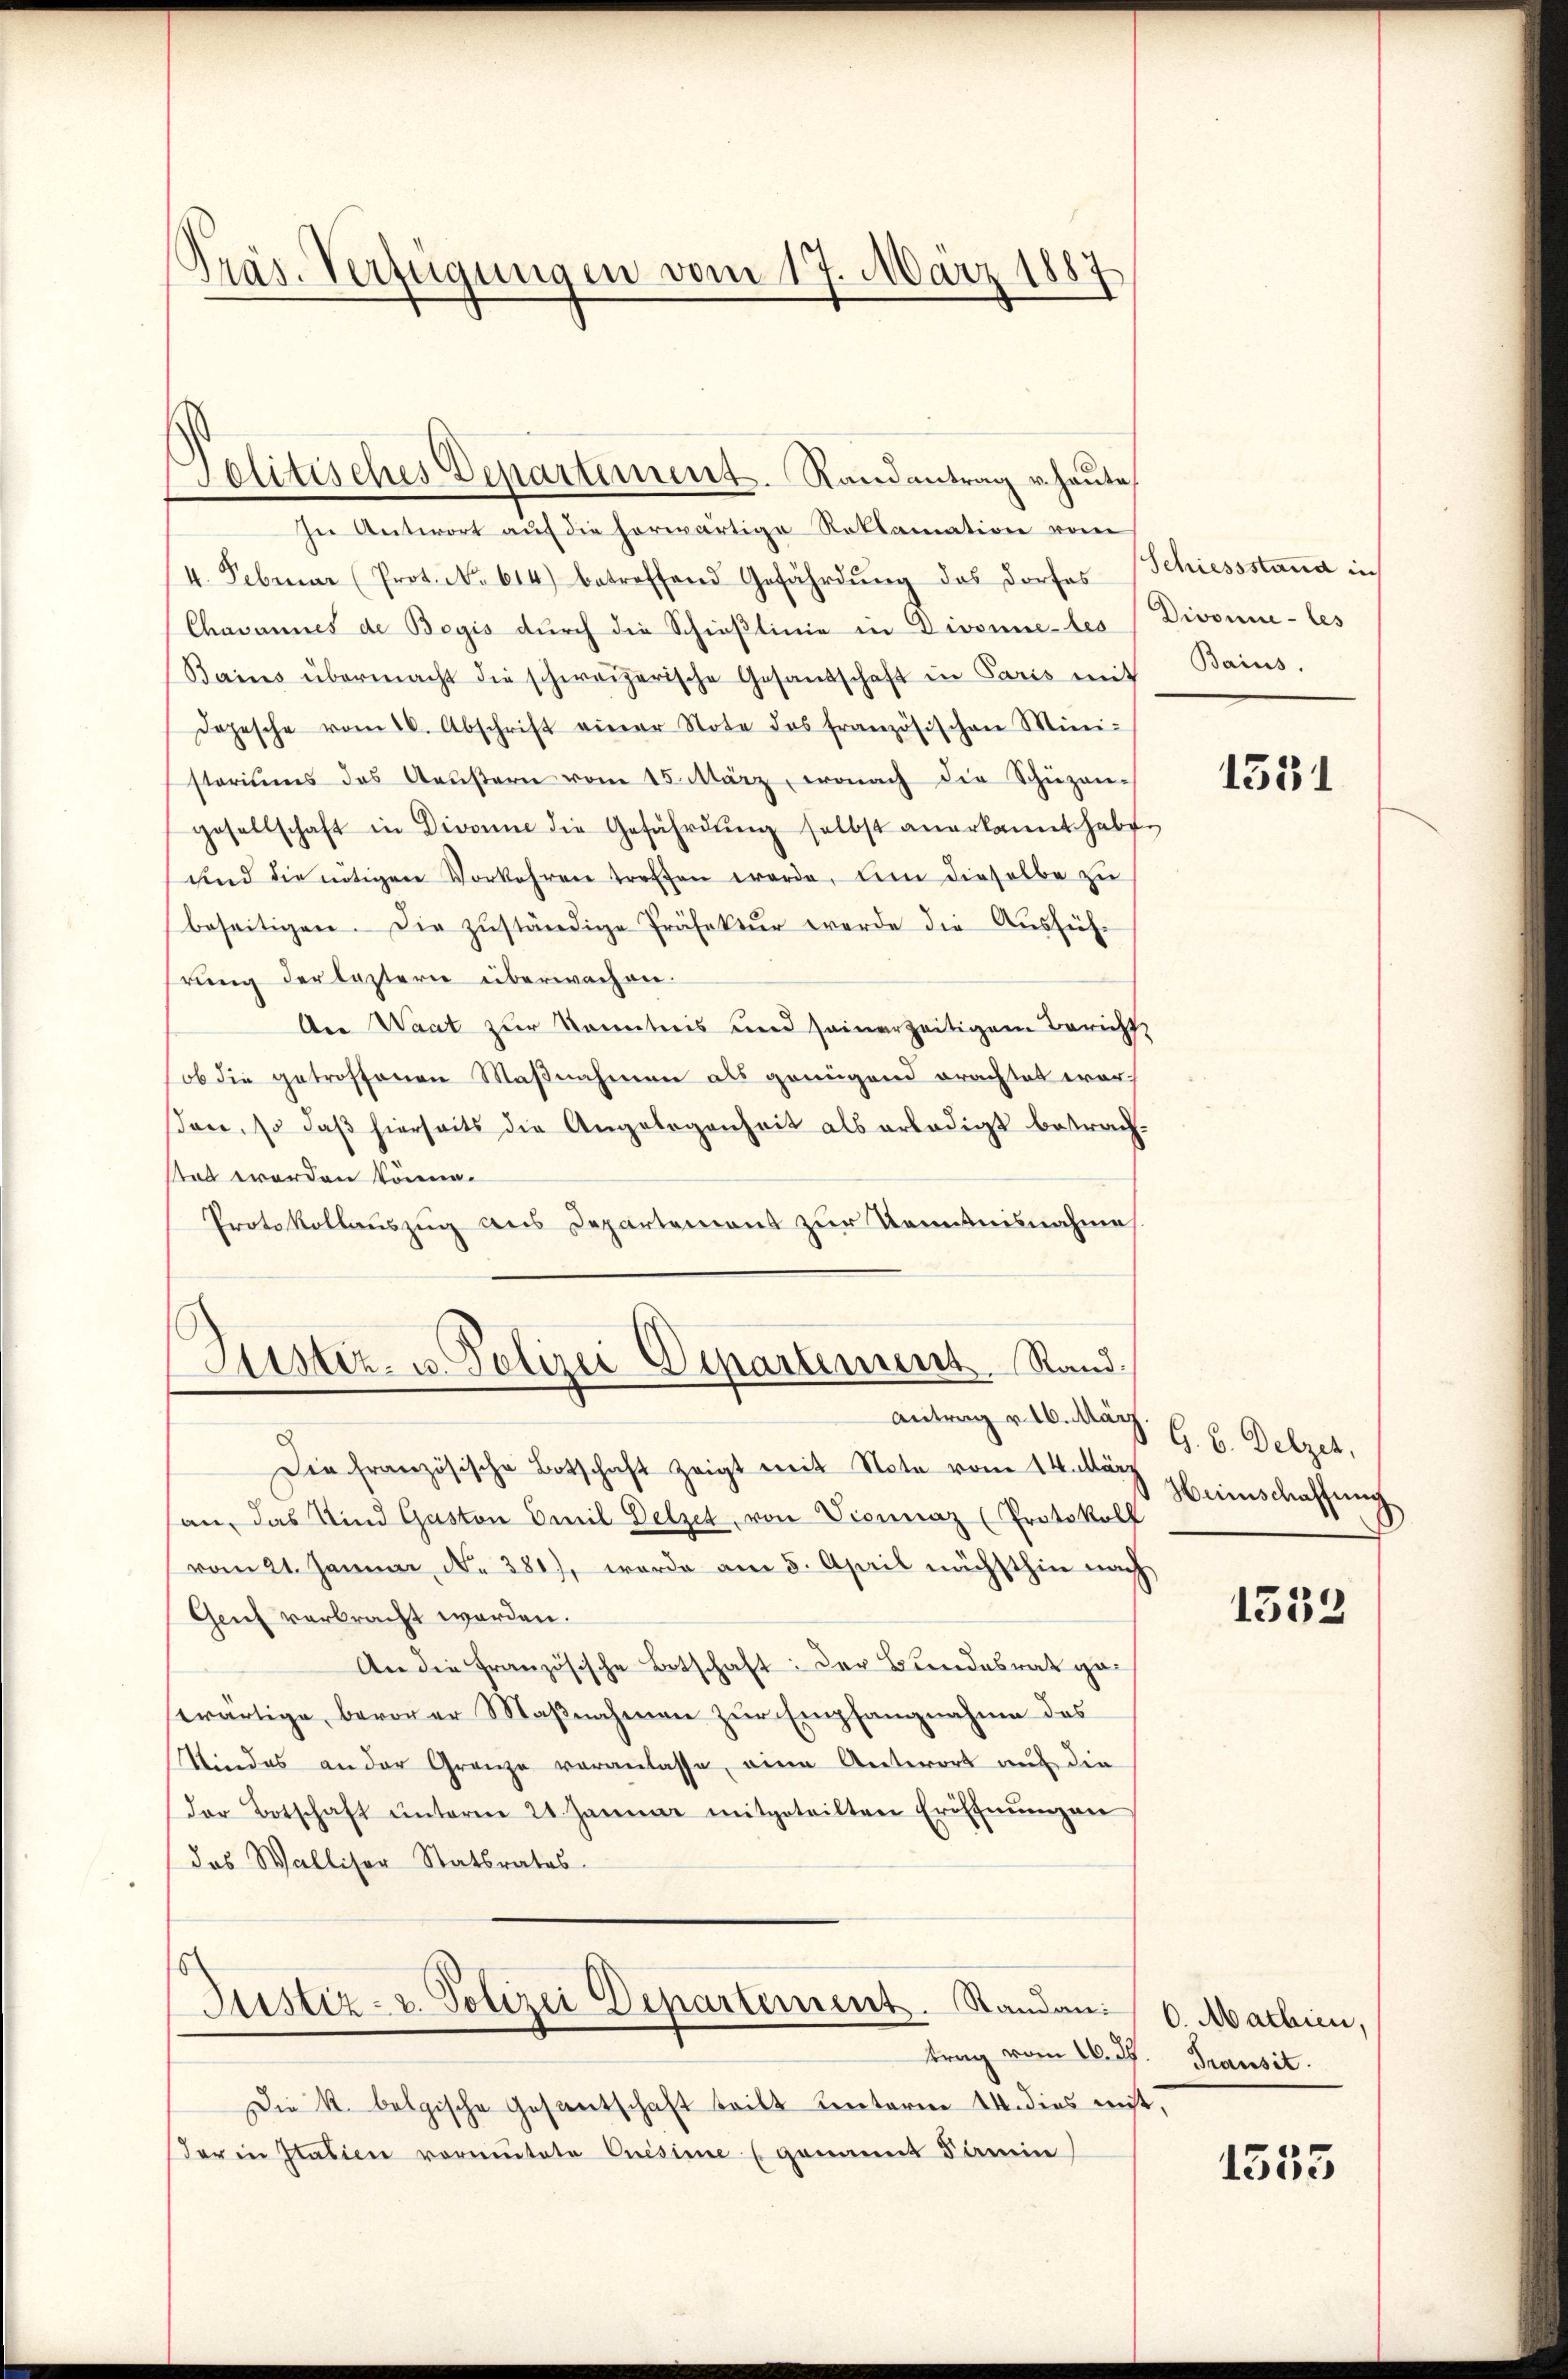
Präs. Verfügungen vom 17. März 1887

In Antwort auf die herwärtige Reklamation vom
4. Februar (Prot. No. 614) betreffend Gefährdŭng des Dorfes
Chasannes de Begis durch die Schieslinie in Divonne bes
Bains übermacht die schweizerische Gesandschaft in Paris mit
Dopesche vom 16. Abschrift einer Note des französischen Mini-
stariums das Aeŭβern vom 15. März, wonach die Schüzen-
gesellschaft in Divorne die Gefährdŭng selbst anerkannt habe.
und die nötigen Vorkehren treffen werde, um dieselbe zu
beseitigen. Die zŭständige Präfektŭr werde die Aŭsfüh-
hrung der leztern überwachen.
An Waat zur Kenntnis und seinerzeitigem Bericht
ob die getroffenen Maßnahmen als genügend erachtet worson, so daβ hierseits die Angelegenheit als erledigt betrach-
stet werden könne.
Protokollauszug aus Departement zur Kenntnisnahme

olitisches Departement. Randantrag v. heute

D
Die französische Botschaft zeigt mit Note vom 14. März
an, das Kind Gaston Emil Delzet, von Vicinaz (Protokoll
vom 21. Januar N. 381), werde am 5. April nächsthin nach
Genf verbracht worden.
An die Französische Botschaft: Der Bundesrat gewärtige, bevor er Maßnahmen zur Empfangnahme des
Kindes an der Grenze veranlasse, eine Antwort auf die
der Botschaft ŭnterm 21. Januar mitgeteilten Eröffnŭngen
das Wallisor Statsrates.
Justiz- u. Polizei Departement. Standen 6. Mathien,
trag vom 16. J. Transit.
Die K. bolgische Gestentschaft teilt Kenterm 14. dies mit,
der in Statien vormutete Crisime (genannt Samin

Justiz- u. Polizei Departement. Rand.
Antrag v. 16. März. G. B. Delzer,

Schiessstand in
Divonie les
Baius.

1531

Heimschaffung

1333

1535